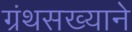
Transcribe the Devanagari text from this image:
ग्रंथसख्याने